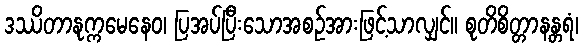
ဒဿိတာနုက္ကမေနေဝ၊ ပြအပ်ပြီးသောအစဉ်အားဖြင့်သာလျှင်။ စုတိစိတ္တာနန္တရံ၊